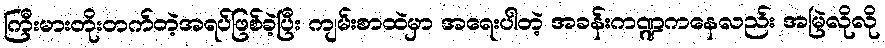
ကြီးမားတိုးတက်တဲ့အရပ်ဖြစ်ခဲ့ပြီး ကျမ်းစာထဲမှာ အရေးပါတဲ့ အခန်းကဏ္ဍကနေလည်း အမြဲလိုလို